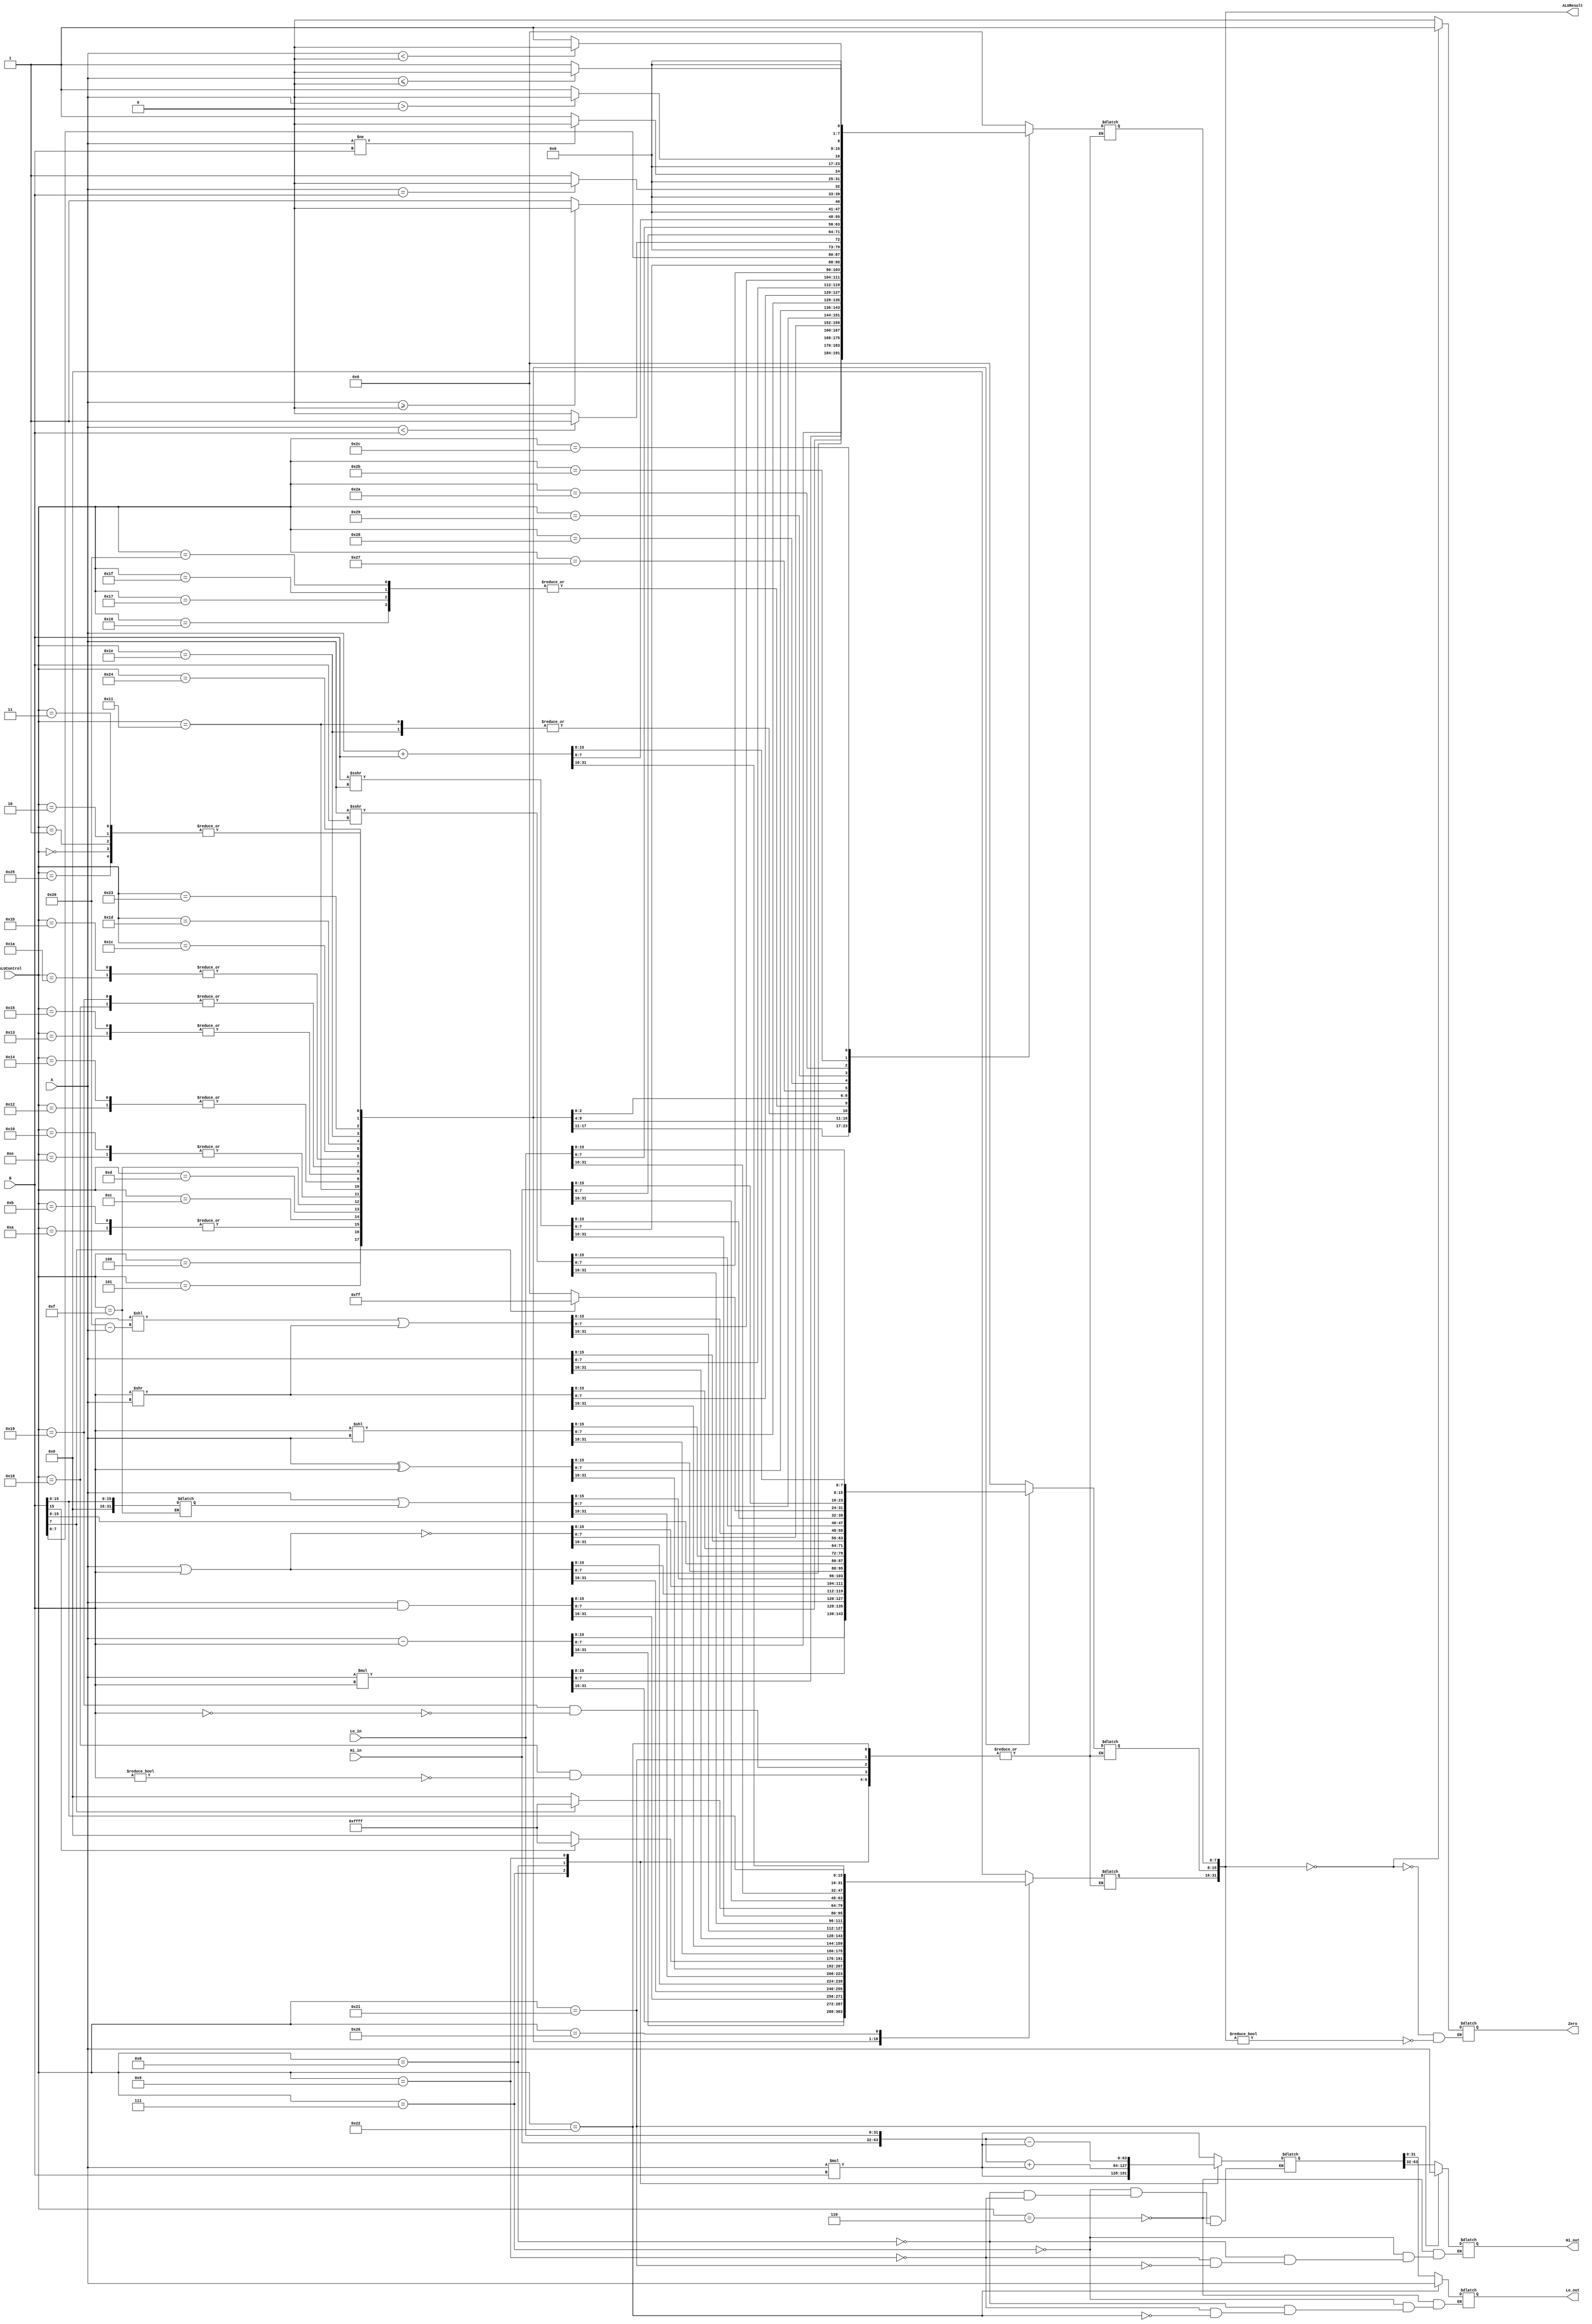
`timescale 1ns / 1ps

////////////////////////////////////////////////////////////////////////////////
// ECE369 - Computer Architecture
// Carlos Perez, Ramos Jiuru Chen
// Module - ALU32Bit.v
// Description - 32-Bit wide arithmetic logic unit (ALU).
//
// INPUTS:-
// ALUControl: N-Bit input control bits to select an ALU operation.
// A: 32-Bit input port A.
// B: 32-Bit input port B.
//
// OUTPUTS:-
// ALUResult: 32-Bit ALU result output.
// ZERO: 1-Bit output flag. 
// Hi_out, Lo_out: 32-bit outputs
//
// FUNCTIONALITY:-
// Design a 32-Bit ALU, so that it supports all arithmetic operations 
// needed by the MIPS instructions given in Labs5-8.docx document. 
//   The 'ALUResult' will output the corresponding result of the operation 
//   based on the 32-Bit inputs, 'A', and 'B'. 
//   The 'Zero' flag is high when 'ALUResult' is '0'. 
//   The 'ALUControl' signal should determine the function of the ALU 
//   You need to determine the bitwidth of the ALUControl signal based on the number of 
//   operations needed to support. 
////////////////////////////////////////////////////////////////////////////////

module ALU32Bit(ALUControl, A, B, ALUResult, Zero, Hi_in, Lo_in, Hi_out, Lo_out);

	input [5:0] ALUControl; // control bits for ALU operation
                                // you need to adjust the bitwidth as needed
	input [31:0] A;
	input [31:0] B;	    // inputs
	input [31:0] Hi_in;
	input [31:0] Lo_in;

	output reg [31:0] ALUResult;	// answer
	output reg Zero;	    // Zero=1 if ALUResult == 0
    output reg [31:0] Hi_out;
    output reg [31:0] Lo_out;
    
    reg [63:0] Result64bit;
    
    reg [31:0] upper;
    reg [31:0] lower;
    
    initial begin
        Zero <= 0;
        ALUResult <= 0;
        Result64bit <= 0;
        Hi_out <= 0;
        Lo_out <= 0;
    end

    /* Please fill in the implementation here... */
    always @(*) begin
        case (ALUControl)
            // Arithmetic
            6'b000000 : begin         // add
                ALUResult <= A + B;
            end
            6'b000001 : begin         // addiu
                ALUResult <= $unsigned(A) + $unsigned(B);
            end
            6'b000010 : begin         // addu
                ALUResult <= $unsigned(A) + $unsigned(B);
            end
            6'b000011 : begin         // addi
                ALUResult <= A + B;                
            end
            6'b000100 : begin         // sub
                ALUResult <= A - B;
            end
            6'b000101 : begin         // mul
                ALUResult <= A * B;
            end
            6'b000110 : begin         // mult
                Result64bit <= A * B;
                Hi_out <= Result64bit[63:32];
                Lo_out <= Result64bit[31:0];
            end
            6'b000111 : begin         // multu
                Result64bit <= $unsigned(A) * $unsigned(B);
                Hi_out <= Result64bit[63:32];
                Lo_out <= Result64bit[31:0];
            end
            6'b001000 : begin         // madd
                Result64bit <= ({Hi_in, Lo_in}) + (A * B);
                Hi_out <= Result64bit[63:32];
                Lo_out <= Result64bit[31:0];
            end
            6'b001001 : begin         // msub
                Result64bit <= ({Hi_in, Lo_in}) - (A * B);
                Hi_out <= Result64bit[63:32];
                Lo_out <= Result64bit[31:0];
            end
            // Logical
            6'b001010 : begin         // and
                ALUResult <= A & B;
            end
            6'b001011 : begin         // andi
                ALUResult <= A & B;
            end
            6'b001100 : begin         // or
                ALUResult <= A | B;
            end
            6'b001101 : begin         // nor
                ALUResult <= ~(A | B);
            end
            6'b001110 : begin         // xor
                ALUResult <= A ^ B;
            end
            6'b001111 : begin         // ori
                //ALUResult <= A | B;
                lower <= {16'h0000, B[15:0]};
                ALUResult <= A | lower;
            end
            6'b010000 : begin         // xori
                ALUResult <= A ^ B;
            end
            6'b010001 : begin         // seh
                if (B[15] == 0) begin
                    ALUResult[31:16] <= 16'h0000;
                    ALUResult[15:0] <= B[15:0]; 
                end
                else if (B[15] == 1) begin
                    ALUResult[31:16] <= 16'hFFFF;
                    ALUResult[15:0] <= B[15:0]; 
                end
            end
            6'b010010 : begin         // sll
                ALUResult <= B << A;
            end
            6'b010011 : begin         // srl
                ALUResult <= B >> A;
            end
            6'b010100 : begin         // sllv
                ALUResult <= B << A;
            end
            6'b010101 : begin         // srlv
                ALUResult <= B >> A;
            end
            6'b010110 : begin         // slt
                if (A < B) begin
                    ALUResult <= 1;
                end
                else begin
                    ALUResult <= 0;
                end
            end
            6'b010111 : begin         // slti
                if (A < B) begin
                    ALUResult <= 1;
                end
                else begin
                    ALUResult <= 0;
                end
            end
            6'b011000 : begin         // movn move A to reg on not zero
                if (B != 0) begin
                    ALUResult <= A;
                end
            end
            6'b011001 : begin         // movz
                if (B == 0) begin
                    ALUResult <= A;
                end
            end
            6'b011010 : begin         // rotrv rotate variable
                ALUResult <= (B << (32 - A)) | (B >> A);
            end
            6'b011011 : begin         // rotr (Shift right with wrap around)
                ALUResult <= (B << (32 - A)) | (B >> A);
                
               // upper <= B << (32 - A);
               // lower <= B >> A;
                //ALUResult <= upper | lower;
            end
            6'b011100 : begin         // sra '>>>' is arithmetic shift operator
                ALUResult <= A >>> B;
            end
            6'b011101 : begin         // srav
                ALUResult <= B >>> A;
            end
            6'b011110 : begin         // seb-sign extend byte
                if (B[7] == 0) begin
                    ALUResult[31:8] <= 24'h000000;
                    ALUResult[7:0] <= B[7:0];
                end
                else if (B[7] == 1) begin
                    ALUResult[31:8] <= 24'hFFFFFF;
                    ALUResult[7:0] <= B[7:0];
                end
            end
            6'b011111 : begin         // sltiu
                if ($unsigned(A) < $unsigned(B)) begin
                    ALUResult <= 1;
                end
                else begin
                    ALUResult <= 0;
                end
            end
            6'b100000 : begin         // sltu
                if ($unsigned(A) < $unsigned(B)) begin
                    ALUResult <= 1;
                end
                else begin
                    ALUResult <= 0;
                end
            end
            6'b100001 : begin         // mthi
               Hi_out <= A;
            end
            6'b100010 : begin         // mtlo
               Lo_out <= A;
            end
            6'b100011 : begin         // mfhi
                ALUResult <= Hi_in;
            end
            6'b100100 : begin         // mflo
                ALUResult <= Lo_in;
            end
            // * * * DATA * * * //
            6'b100101 : begin         // lw/sw/sb/lh/lb/sh
                ALUResult <= A + B;   // base + offset
            end
            6'b100110 : begin         // lui
                ALUResult[31:0] <= {B[15:0], 16'h0000};
            end
            6'b100111 : begin       // bgez
                if ($signed(A) >= 0) begin
                    ALUResult <= 0;
                end
                else begin
                    ALUResult <= 1;
                end
            end
            6'b101000 : begin       // beq
                if (A == B) begin
                    ALUResult <= 0;
                end
                else begin
                    ALUResult <= 1;
                end
            end
            6'b101001 : begin       // bne
                if ($signed(A) != $signed(B)) begin
                    ALUResult <= 0;
                end
                else begin
                    ALUResult <= 1;
                end
            end
            6'b101010 : begin       //bgtz
                if ($signed(A) > 0) begin
                    ALUResult <= 0;
                end
                else begin
                    ALUResult <= 1;
                end
            end
            6'b101011 : begin       //blez
                if ($signed(A) <= 0) begin
                    ALUResult <= 0;
                end
                else begin
                    ALUResult <= 1;
                end
            end
            6'b101100 : begin       //bltz
                if ($signed(A) < 0) begin
                    ALUResult <= 0;
                end
                else begin
                    ALUResult <= 1;
                end
            end
            6'b101101 : begin       //j, jr
                ALUResult <= 0;
            end
            6'b101110 : begin       // jal
                ALUResult <= 0;
            end
            default   : begin
                ALUResult <= 32'h00000000;
            end
        endcase
       if (ALUResult == 0) begin
            Zero <= 1;
       end     
       else if (ALUResult != 0) begin
            Zero <= 0;
       end
    end
    
endmodule